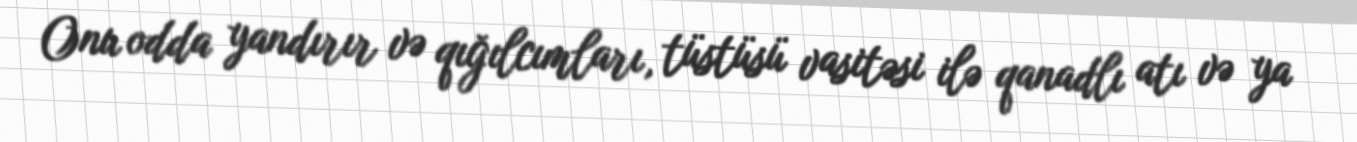
Onu odda yandırır və qığılcımları, tüstüsü vasitəsi ilə qanadlı atı və ya